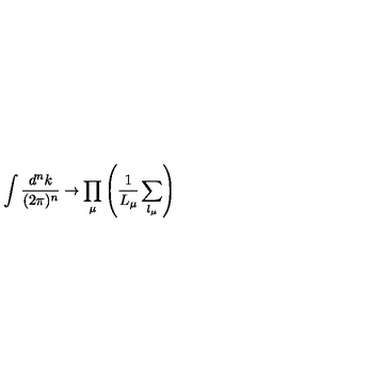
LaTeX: \int \frac { d ^ { n } k } { ( 2 \pi ) ^ { n } } \rightarrow \prod _ { \mu } \left( \frac { 1 } { L _ { \mu } } \sum _ { l _ { \mu } } \right)